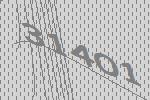
31401